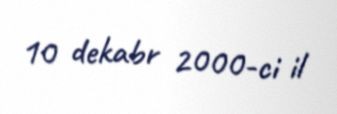
10 dekabr 2000-ci il